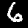
Digit: 6